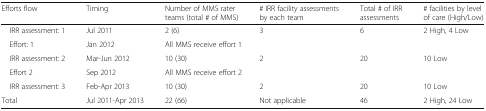
<table><thead><tr><td><b>Efforts flow</b></td><td><b>Timing</b></td><td><b>Number of MMS rater teams (total # of MMS)</b></td><td><b># IRR facility assessments by each team</b></td><td><b>Total # of IRR assessments</b></td><td><b># facilities by level of care (High/Low)</b></td></tr></thead><tbody><tr><td> IRR assessment: 1</td><td>Jul 2011</td><td>2 (6)</td><td>3</td><td>6</td><td>2 High, 4 Low</td></tr><tr><td> Effort: 1</td><td>Jan 2012</td><td colspan="4">All MMS receive effort 1</td></tr><tr><td> IRR assessment: 2</td><td>Mar-Jun 2012</td><td>10 (30)</td><td>2</td><td>20</td><td>10 Low</td></tr><tr><td> Effort 2</td><td>Sep 2012</td><td colspan="4">All MMS receive effort 2</td></tr><tr><td> IRR assessment: 3</td><td>Feb-Apr 2013</td><td>10 (30)</td><td>2</td><td>20</td><td>10 Low</td></tr><tr><td>Total</td><td>Jul 2011-Apr 2013</td><td>22 (66)</td><td>Not applicable</td><td>46</td><td>2 High, 24 Low</td></tr></tbody></table>